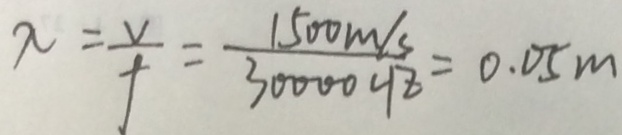
\lambda = \frac { V } { f } = \frac { 1 5 0 0 m / s } { 3 0 0 0 0 H z } = 0 . 0 5 m